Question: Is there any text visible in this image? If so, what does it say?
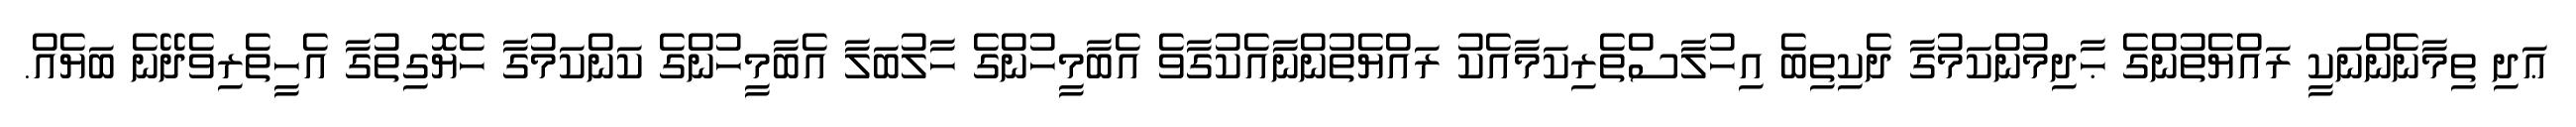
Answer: ޢަދި ތިމާނެންނަކީ ރައްޔެތުންގެ ޙާދިމުންކަމުގާ ދެކިތިބެ އިހުލާސްތެރިކަމާއެކު ރައްޔެތުންނާއެކުގާވެ އެބާމީހުންގެ ހާލުބަލާ އެބާމީހުންގެ ކަންކަމުގާ ހެޔޮގިތުގާ އެހީތެރިވެދޭނެ ބަޔެއް.